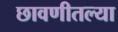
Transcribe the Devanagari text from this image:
छावणीतल्या